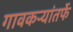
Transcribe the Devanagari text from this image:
गावकऱ्यांतर्फे